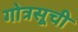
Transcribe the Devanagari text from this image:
गोत्रसूची